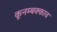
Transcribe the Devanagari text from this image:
कूनम्बक्काव